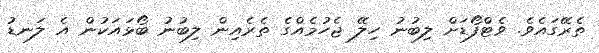
ތެރޭގައެވެ. ވެޓްފޯޑަށް ލިބުނު ހިލޭ ޖެހުމެއްގެ ތެރެއިން ލިބުނު ބޯޅައަކުން އެ ލަނޑު